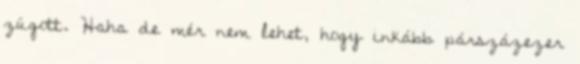
zúgott. Haha de mér nem lehet, hogy inkább párszázezer